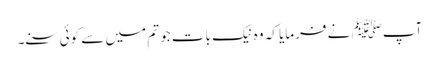
آپﷺ نے فرمایا کہ وہ نیک بات جو تم میں سے کوئی سنے۔